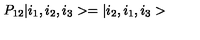
P _ { 1 2 } | i _ { 1 } , i _ { 2 } , i _ { 3 } > = | i _ { 2 } , i _ { 1 } , i _ { 3 } >